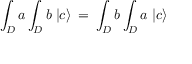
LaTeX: \int _ { D } a \int _ { D } b \; | c \rangle \: = \: \int _ { D } b \int _ { D } a \; | c \rangle